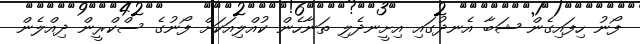
ފޯނު ހިފައިގެން ޝަބާ އެނދުގައި އިށީނދެލި ތަނާހެން ކުއްލިއަކަށް ފޯނުގެ ސްކްރީން ދިއްލެން